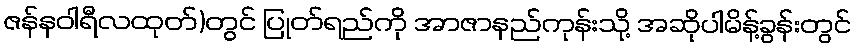
ဇန်နဝါရီလထုတ်)တွင် ပြုတ်ရည်ကို အာဇာနည်ကုန်းသို့ အဆိုပါမိန့်ခွန်းတွင်